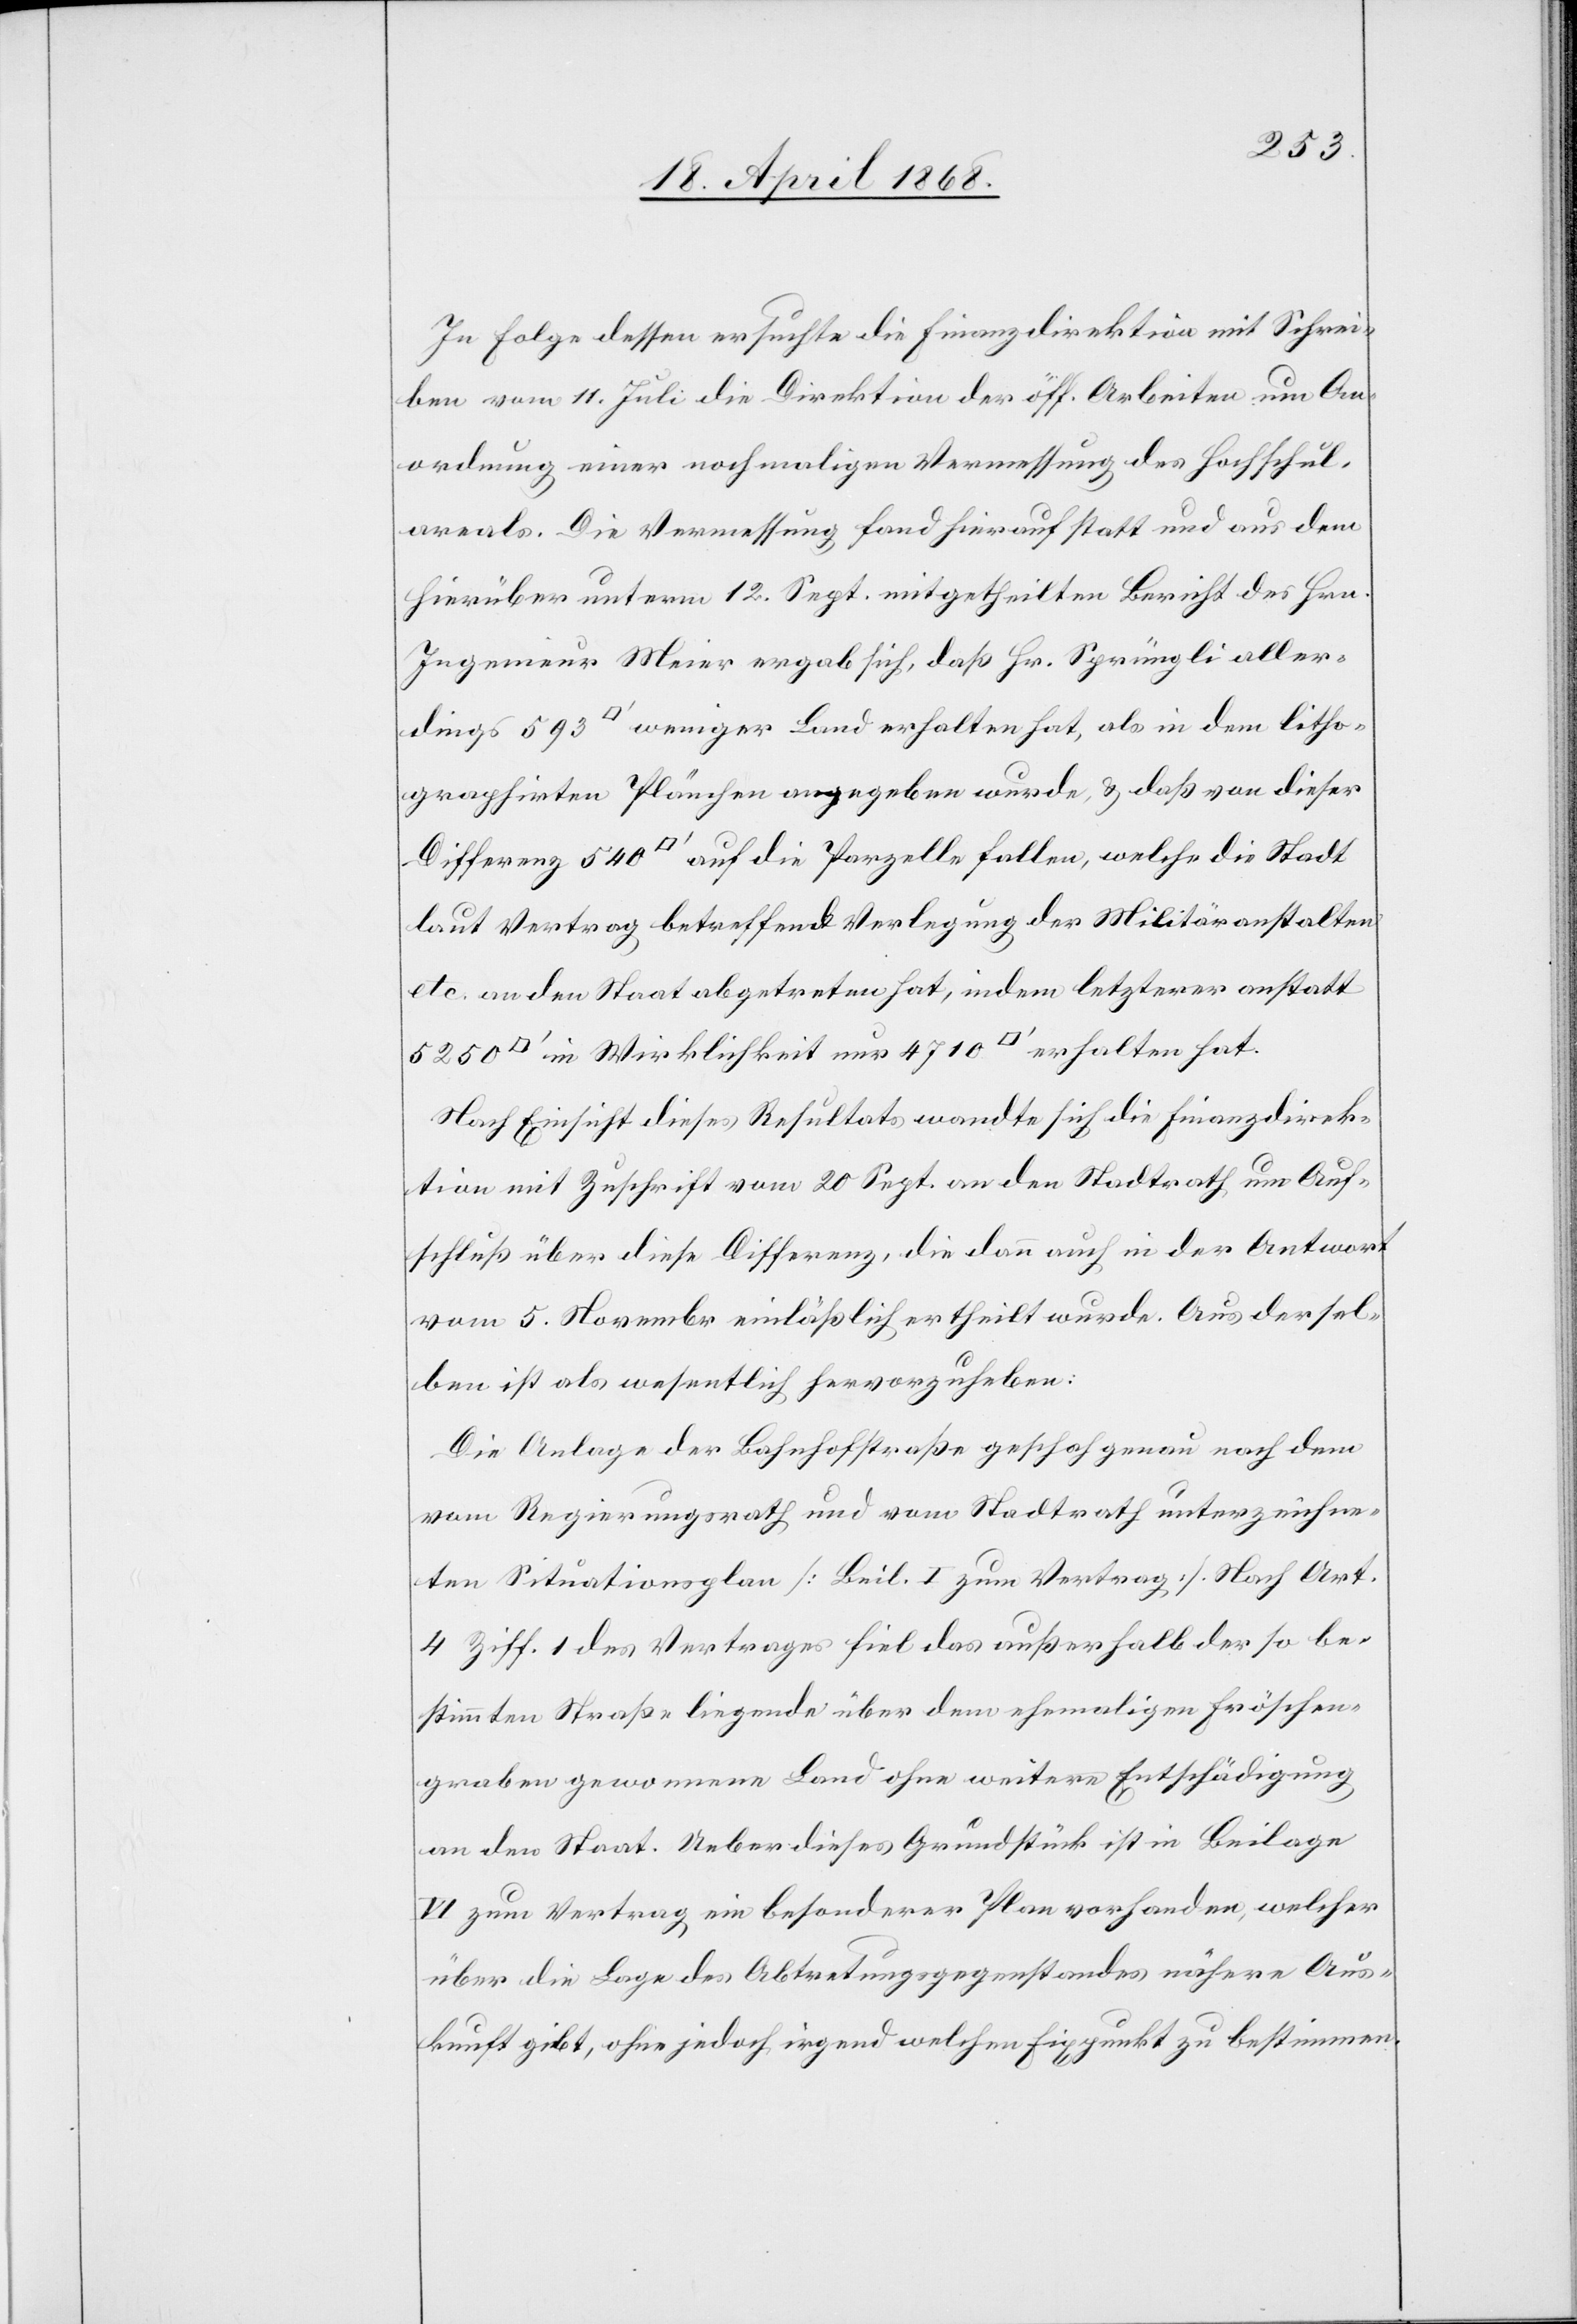
In Folge dessen ersuchte die Finanzdirektion mit Schrei¬
ben vom 11. Juli die Direktion der öff. Arbeiten um An¬
ordnung einer nochmaligen Vermessung des Hochschul¬
areals. Die Vermessung fand hierauf statt und aus dem
hierüber unterm 12. Sept. mitgetheilten Bericht des Hrn.
Ingenieur Meier ergab sich, daß Hr. Sprüngli aller¬
dings 593 [Quadratfuß] weniger Land erhalten hat, als in dem litho¬
graphirten Plänchen angegeben wurde, & daß von dieser
Differenz 540 [Quadratfuß] auf die Parzelle fallen, welche die Stadt
laut Vertrag betreffend Verlegung der Militäranstalten
etc. an den Staat abgetreten hat, indem letzterer anstatt
[Quadratfuß] in Wirklichkeit nur 4710 [Quadratfuß] erhalten hat.
Nach Einsicht dieses Resultats wandte sich die Finanzdirek¬
tion mit Zuschrift vom 20 Sept. an den Stadtrath um Auf¬
schluß über diese Differenz, die dann auch in der Antwort
vom 5. Novemb[e]r einläßlich ertheilt wurde. Aus dersel¬
ben ist als wesentlich hervorzuheben:
Die Anlage der Bahnhofstraße geschah genau nach dem
vom Regierungsrath und vom Stadtrath unterzeichne¬
ten Situationsplan [Beil. I zum Vertrag]. Nach Art.
4 Ziff. 1 des Vertrages fiel das außerhalb der so be¬
stimmten Straße liegende über dem ehemaligen Fröschen¬
graben gewonnene Land ohne weitere Entschädigung
an den Staat. Ueber dieses Grundstück ist in Beilage
VI zum Vertrag ein besonderer Plan vorhanden, welcher
über die Lage des Abtretungsgegenstandes nähere Aus¬
kunft gibt, ohne jedoch irgend welchen Fixpunkt zu bestimmen.